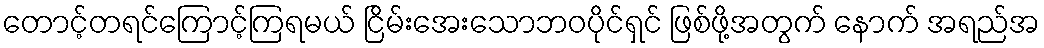
တောင့်တရင်ကြောင့်ကြရမယ် ငြိမ်းအေးသောဘဝပိုင်ရှင် ဖြစ်ဖို့အတွက် နောက် အရည်အ